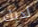
لديك